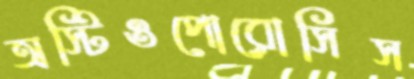
অস্টিওপোরোসিস